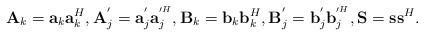
LaTeX: \begin{align*}{\bf A}_k= {\bf a}_k{\bf a}^{H}_k, {\bf A}^{'}_j= {\bf a}^{'}_j{\bf a}^{'^{H}}_j,{\bf B}_k= {\bf b}_k{\bf b}^{H}_k, {\bf B}^{'}_j= {\bf b}^{'}_j{\bf b}^{'^{H}}_j,{\bf S}= {\bf s}{\bf s}^{H}.\end{align*}